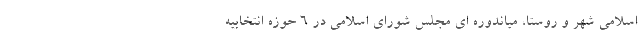
اسلامی شهر و روستا، میاندوره ای مجلس شورای اسلامی در ۶ حوزه انتخابیه